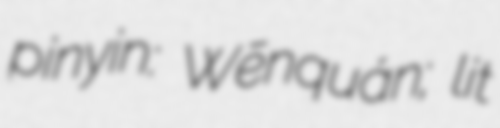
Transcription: pinyin: Wēnquán; lit